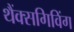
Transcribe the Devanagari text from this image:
थैंक्‍सगिविंग